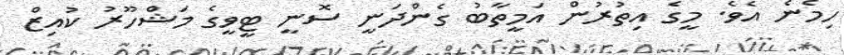
ހިމެނެ އެވެ. މީގެ އިތުރުން އަމީތާބު ގެންދަނީ ސޮނީ ޓީވީގެ މަޝްހޫރު ކުއިޒް